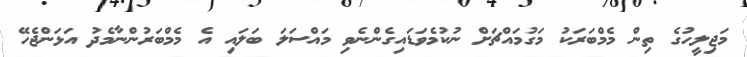
މަޖިލީހުގެ ތިން މެމްބަރަކު މަގުމައްޗަށް ނުކުމެވަޑައިގެންނެވި މައްސަލަ ބަލައި އެ މެމްބަރުންނާމެދު އަޅަންޖެހޭ